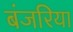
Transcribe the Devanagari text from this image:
बंजरिया